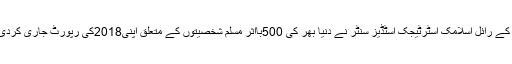
ملک کے رائل اسلامک اسٹرٹیجک اسٹڈیز سنٹر نے دنیا بھر کی 500بااثر مسلم شخصیتوں کے متعلق اپنی2018کی رپورٹ جاری کردی ہے۔